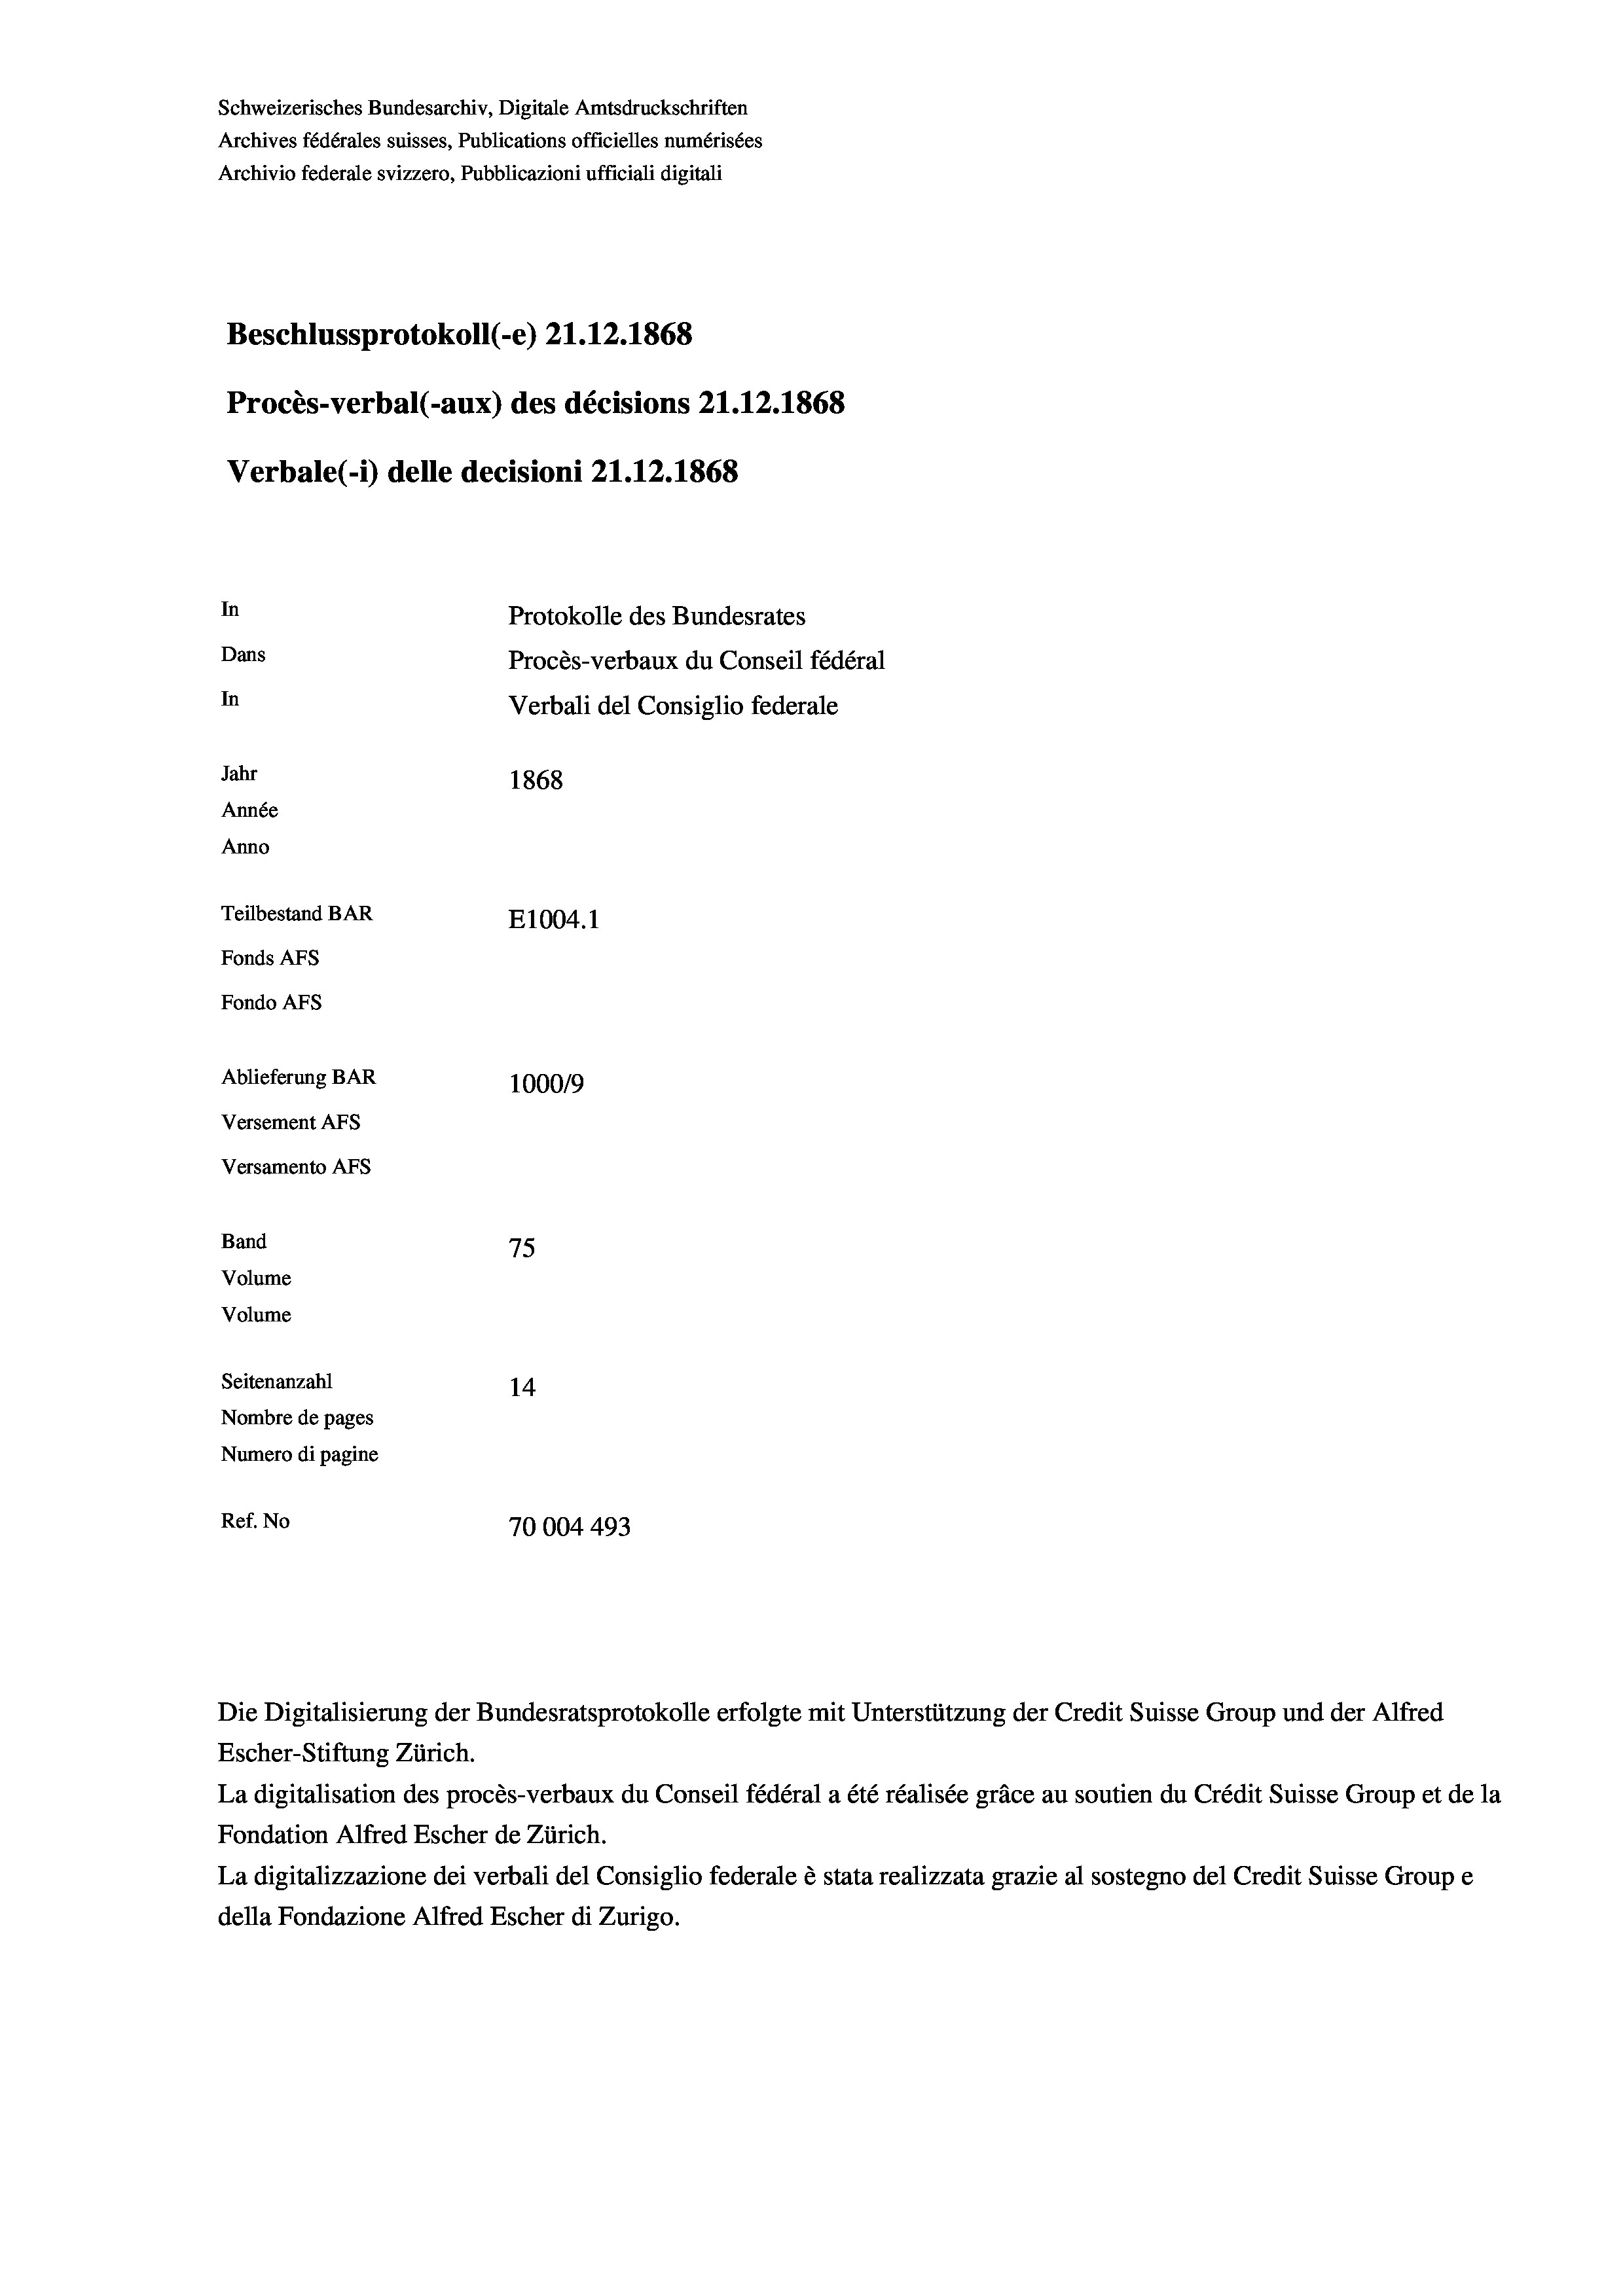
Schweizerisches Bundesarchiv, Digitale Amtsdruckschriften
Archives fédérales suisses, Publications officielles numérisées
Archivio federale svizzero, Pubblicazioni ufficiali digitali
Beschlussprotokoll (-e) 21.12.1868
Procès-verbal (-aux) des décisions 21.12.1868
Verbale (1) delle decisioni 21.12.1868
In
Protokolle des Bundesrates
Dans
Procès-verbaux du Conseil fédéral
In
Verbali del Consiglio federale
Jahr
1868
Année
Anno
Teilbestand BAR
E1004.1
Fonds Afs
Fondo AFs
Ablieferung BAR
100019
Versement Abs
Versamento Afs
Band
75
Volume
Volume

Seitenanzahl
14
Nombre de pages
Numero di pagine
Ref. No
70004493

Escher-Stiftung Zürich.
La digitalisation des procès-verbaux du Conseil fédéral a été réalisée gräce au soutien du Crédit Suisse Group et de la
Fondation Alfred Escher de Zürich.
La digitalizzazione dei verbali del Consiglio federale è stata realizzata grazie al sostegno del Credit Suisse Groupe
della Fondazione Alfred Escher di Zurigo.

Die Digitalisierung der Bundesratsprotokolle erfolgte mit Unterstützung der Credit Suisse Group und der Alfred